Triennial report on the lunatic asylums in the province of Eastern Bengal and Assam - 1903-1911
Year: 1903
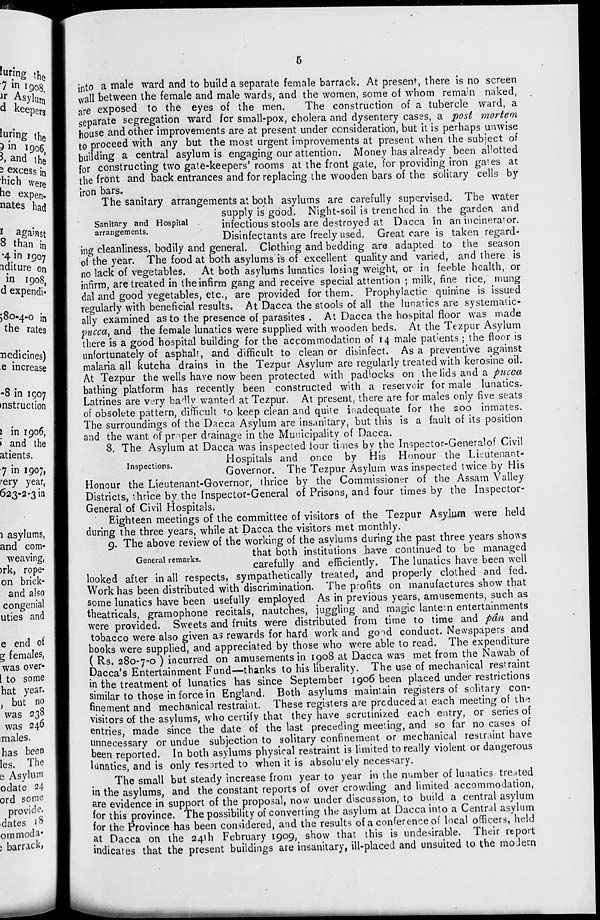
5
into a male ward and to build a separate female barrack. At present, there is no screen
wall between the female and male wards, and the women, some of whom remain naked,
are exposed to the eyes of the men.
The construction of a tubercle ward, a
separate segregation ward for small-pox, cholera and dysentery cases, a post mortem
house and other improvements are at present under consideration, but it is perhaps unwise
to proceed with any but the most urgent improvements at present when the subject of
building a central asylum is engaging our attention. Money has already been allotted
for constructing two gate-keepers' rooms at the front gate, for providing iron gates at
the front and back entrances and for replacing the wooden bars of the solitary cells by
iron bars.
Sanitary and Hospital
arrangements.
The sanitary arrangements at both asylums are carefully supervised. The water
supply is good. Night-soil is trenched in the garden and
infectious stools are destroyed at Dacca in an incinerator.
Disinfectants are freely used. Great care is taken regard-
ing cleanliness, bodily and general. Clothing and bedding are adapted to the season
of the year. The food at both asylums is of excellent quality and varied, and there is
no lack of vegetables. At both asylums lunatics losing weight, or in feeble health, or
infirm, are treated in the infirm gang and receive special attention ; milk, fine rice, mung
dal and good vegetables, etc., are provided for them. Prophylactic quinine is issued
regularly with beneficial results. At Dacca the stools of all the lunatics are systematic-
ally examined as to the presence of parasites . At Dacca the hospital floor was made
pucca, and the female lunatics were supplied with wooden beds. At the Tezpur Asylum
there is a good hospital building for the accommodation of 14 male patients ; the floor is
unfortunately of asphalt, and difficult to clean or disinfect. As a preventive against
malaria all kutcha drains in the Tezpur Asylum are regularly treated with kerosine oil.
At Tezpur the wells have now been protected with padlocks on the lids and a pucca
bathing platform has recently been constructed with a reservoir for male lunatics.
Latrines are very badly wanted at Tezpur. At present, there are for males only five seats
of obsolete pattern, difficult to keep clean and quite inadequate for the 200 inmates.
The surroundings of the Dacca Asylum are insanitary, but this is a fault of its position
and the want of proper drainage in the Municipality of Dacca.
Inspections.
8. The Asylum at Dacca was inspected four times by the Inspector-General of Civil
Hospitals and once by His Honour the Lieutenant-
Governor. The Tezpur Asylum was inspected twice by His
Honour the Lieutenant-Governor, thrice by the Commissioner of the Assam Valley
Districts, thrice by the Inspector-General of Prisons, and four times by the Inspector-
General of Civil Hospitals.
Eighteen meetings of the committee of visitors of the Tezpur Asylum were held
during the three years, while at Dacca the visitors met monthly.
General remarks.
9. The above review of the working of the asylums during the past three years shows
that both institutions have continued to be managed
carefully and efficiently. The lunatics have been well
looked after in all respects, sympathetically treated, and properly clothed and fed.
Work has been distributed with discrimination. The profits on manufactures show that
some lunatics have been usefully employed As in previous years, amusements, such as
theatricals, gramophone recitals, nautches, juggling and magic lantern entertainments
were provided. Sweets and fruits were distributed from time to time and pân and
tobacco were also given as rewards for hard work and good conduct. Newspapers and
books were supplied, and appreciated by those who were able to read. The expenditure
( Rs. 280-7-0 ) incurred on amusements in 1908 at Dacca was met from the Nawab of
Dacca's Entertainment Fund—thanks to his liberality. The use of mechanical restraint
in the treatment of lunatics has since September 1906 been placed under restrictions
similar to those in force in England. Both asylums maintain registers of solitary con-
finement and mechanical restraint. These registers are produced at each meeting of the
visitors of the asylums, who certify that they have scrutinized each entry, or series of
entries, made since the date of the last preceding meeting, and so far no cases of
unnecessary or undue subjection to solitary confinement or mechanical restraint have
been reported. In both asylums physical restraint is limited to really violent or dangerous
lunatics, and is only resorted to when it is absolutely necessary.
The small but steady increase from year to year in the number of lunatics treated
in the asylums, and the constant reports of over crowding and limited accommodation,
are evidence in support of the proposal, now under discussion, to build a central asylum
for this province. The possibility of converting the asylum at Dacca into a Central asylum
for the Province has been considered, and the results of a conference of local officers, held
at Dacca on the 24th February 1909, show that this is undesirable. Their report
indicates that the present buildings are insanitary, ill-placed and unsuited to the modern